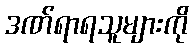
ဒဏ်ရာရသူများကို